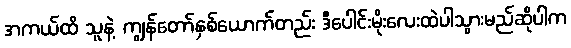
အကယ်ထိ သူနဲ့ ကျွန်တော်နှစ်ယောက်တည်း ဒီပေါင်းမိုးလေးထဲပါသွားမည်ဆိုပါက